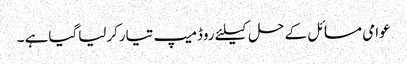
عوامی مسائل کے حل کیلئے روڈمیپ تیارکرلیاگیاہے ۔